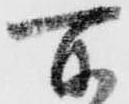
所